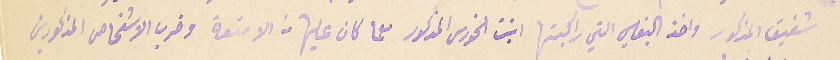
شفيق المذكور واخذ البغلي التي راكبتها ابنت الخورى المذكور معما كان عليها من الامتعة وضرب الاشخاص المذكورين